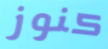
كنوز